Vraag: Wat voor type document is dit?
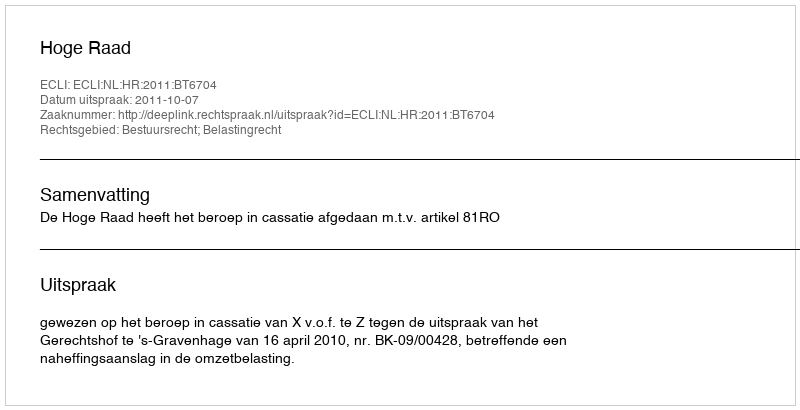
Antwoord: Uitspraak